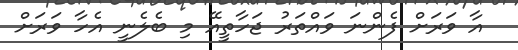
އާ ވަރަށް ފެންނަ ވައްތަރު ޖަހާތީއޭ މި ބެލެނީ އެހާ ވަރަށް